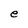
Character: e